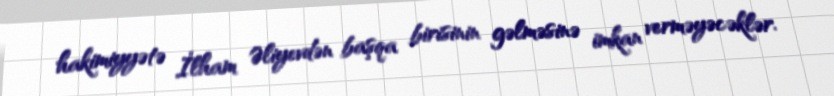
hakimiyyətə İlham Əliyevdən başqa birisinin gəlməsinə imkan verməyəcəklər.